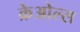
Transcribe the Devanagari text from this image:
क्रेओल्स